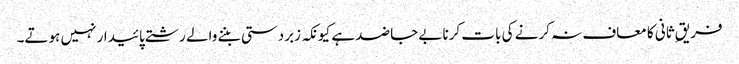
فریقِ ثانی کا معاف نہ کرنے کی بات کرنا بےجا ضد ہے کیونکہ زبردستی بننے والے رشتے پائیدار نہیں ہوتے۔